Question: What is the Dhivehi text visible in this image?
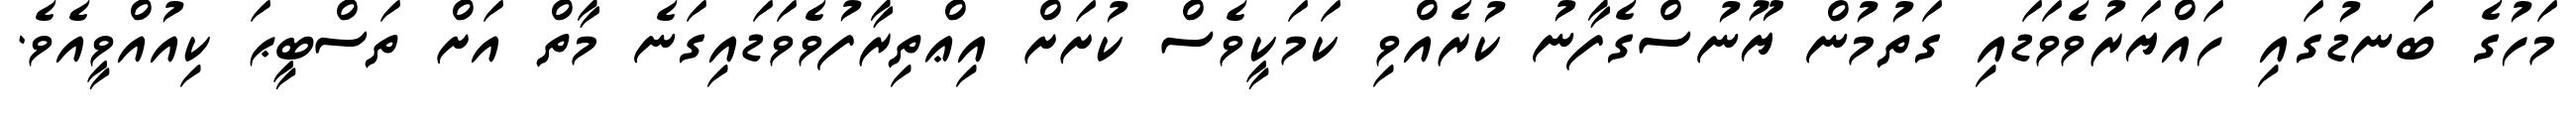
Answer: މަހުގެ ބަނޑުގައި ހައްޔަރުވެވަޑައި ގަތުމުން ޔޫނުސްގެފާނު ކުރެއްވި ކަމަކީވެސް ކުށަށް އިޢްތިރާފުވެވަޑައިގަނެ މާތް އަށް ތަސްބީޙަ ކިއުއްވީއެވެ.